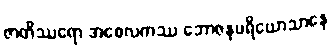
ဇာတိဿရော အစေလကဿ ဘောဇနပရိယောသာနေ